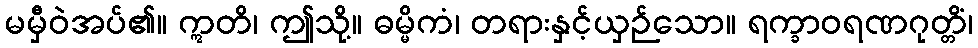
မမှီဝဲအပ်၏။ ဣတိ၊ ဤသို့။ ဓမ္မိကံ၊ တရားနှင့်ယှဉ်သော။ ရက္ခာဝရဏဂုတ္တိံ၊